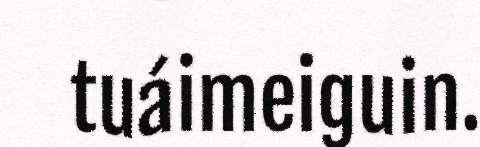
tuáimeiguin.